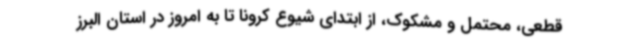
قطعی، محتمل و مشکوک، از ابتدای شیوع کرونا تا به امروز در استان البرز